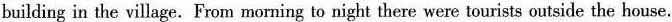
building in the village. From morning to night there were tourists outside the house.